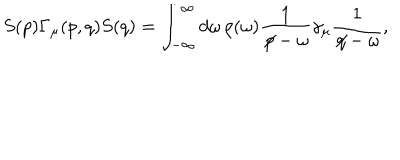
S ( p ) \Gamma _ { \mu } ( p , q ) S ( q ) = \int _ { - \infty } ^ { \infty } d \omega \, \rho ( \omega ) \frac { 1 } { \not \! p - \omega } \gamma _ { \mu } \frac { 1 } { \not \! q - \omega } ,